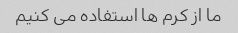
ما از کرم ها استفاده می کنیم